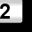
Digit: 2